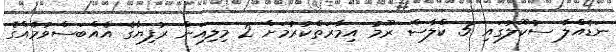
ނަޑެއްލާ ސުކޫލުގައި 5 ކްލާސް ރޫމު އިމާރަތްކުރުމަށް 2 މިލިއަން ރުފިޔާގެ އެއްބަސްވުމެއްގެ